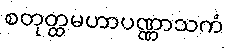
စတုတ္ထမဟာပဏ္ဏာသကံ